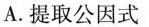
A.提取公因式